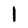
Character: l